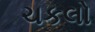
ચકલો